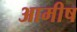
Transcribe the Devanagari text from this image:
आमीष